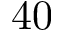
4 0